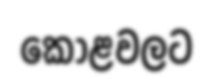
කොළවලට